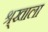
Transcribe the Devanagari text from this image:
श्र्‌खाला